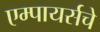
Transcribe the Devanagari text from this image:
एम्पायर्सचे